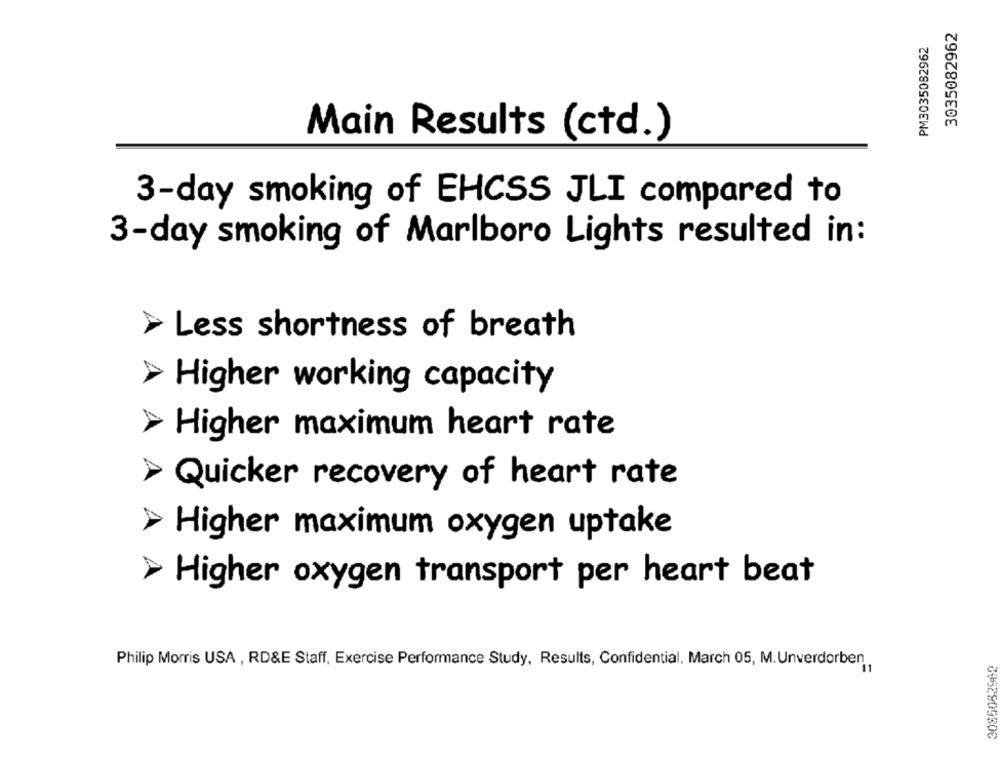
3035082962
PM3035082962
Main Results (ctd.)
3-day smoking of EHCSS JLI compared to
3-day smoking of Marlboro Lights resulted in:
Less shortness of breath
Higher working capacity
> Higher maximum heart rate
> Quicker recovery of heart rate
> Higher maximum oxygen uptake
> Higher oxygen transport per heart beat
Philip Morris USA , RD&E Staff, Exercise Performance Study, Results, Confidential, March 05, M. Unverdorben
3085082962